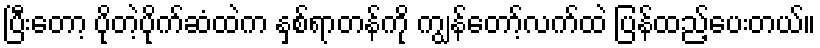
ပြီးတော့ ပိုတဲ့ပိုက်ဆံထဲက နှစ်ရာတန်ကို ကျွန်တော့်လက်ထဲ ပြန်ထည့်ပေးတယ်။